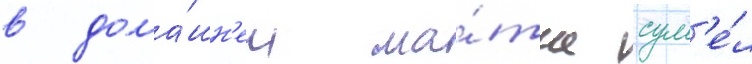
в дома́шн'ем ма́тче сум'е́л